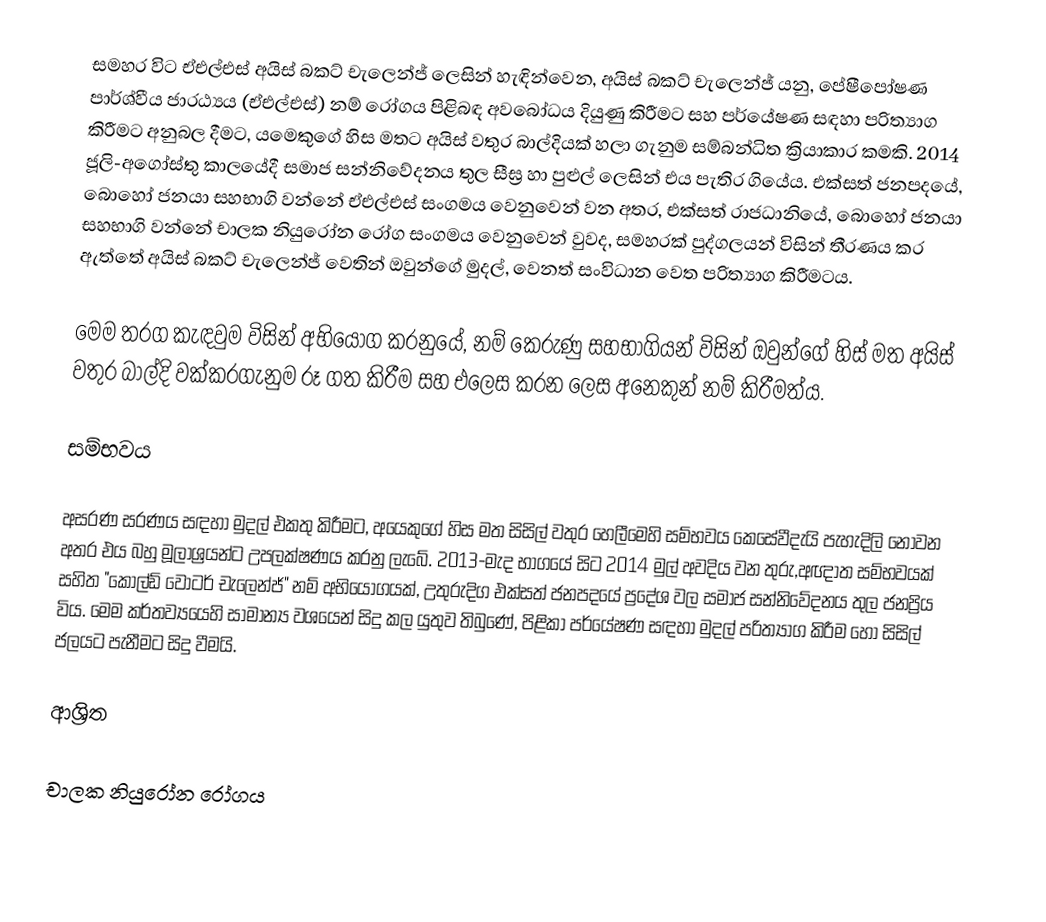
සමහර විට ඒඑල්එස් අයිස් බකට් චැලෙන්ජ් ලෙසින් හැඳින්වෙන, අයිස් බකට් චැලෙන්ජ් යනු, පේෂීපෝෂණ පාර්ශ්වීය ජාරඨ්‍යය (ඒඑල්එස්) නම් රෝගය පිළිබඳ අවබෝධය දියුණු කිරීමට සහ පර්යේෂණ සඳහා පරිත්‍යාග කිරීමට අනුබල දීමට, යමෙකුගේ හිස මතට අයිස් වතුර බාල්දියක් හලා ගැනුම සම්බන්ධිත ක්‍රියාකාර කමකි.  2014 ජූලි-අගෝස්තු කාලයේදී  සමාජ සන්නිවේදනය තුල සීඝ්‍ර හා පුළුල් ලෙසින් එය පැතිර ගියේය.  එක්සත් ජනපදයේ, බොහෝ ජනයා සහභාගි වන්නේ ඒඑල්එස් සංගමය වෙනුවෙන් වන අතර, එක්සත් රාජධානියේ, බොහෝ ජනයා සහභාගි වන්නේ චාලක නියුරෝන රෝග සංගමය වෙනුවෙන් වුවද, සමහරක් පුද්ගලයන් විසින් තීරණය කර ඇත්තේ අයිස් බකට් චැලෙන්ජ් වෙතින්  ඔවුන්ගේ මුදල්, වෙනත් සංවිධාන වෙත පරිත්‍යාග කිරීමටය.

මෙම තරග කැඳවුම විසින් අභියෝග කරනුයේ, නම් කෙරුණු සහභාගියන් විසින් ඔවුන්ගේ හිස් මත අයිස් වතුර බාල්දි  වක්කරගැනුම රූ ගත කිරීම සහ එලෙස කරන ලෙස අනෙකුන් නම් කිරීමත්ය.

සම්භවය

අසරණ සරණය සඳහා මුදල් එකතු කිරීමට, අයෙකුගේ හිස මත සිසිල් වතුර හෙලීමෙහි සම්භවය කෙසේවීදැයි පැහැදිලි නොවන අතර එය බහු මූලාශ්‍රයන්ට උපලක්ෂණය කරනු ලැබේ. 2013-මැද භාගයේ සිට  2014 මුල් අවදිය වන තුරු,අඥාත සම්භවයක් සහිත  "කෝල්ඩ් වෝටර් චැලෙන්ජ්" නම් අභියෝගයක්, උතුරුදිග එක්සත් ජනපදයේ ප්‍රදේශ වල සමාජ සන්නිවේදනය තුල ජනප්‍රිය විය.  මෙම කර්තව්‍යයෙහි සාමාන්‍ය වශයෙන් සිදු කල යුතුව තිබුණේ, පිළිකා පර්යේෂණ සඳහා මුදල් පරිත්‍යාග කිරීම හෝ සිසිල් ජලයට පැනීමට සිදු වීමයි.

ආශ්‍රිත

චාලක නියුරෝන රෝගය